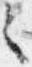
之